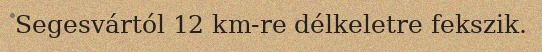
Segesvártól 12 km-re délkeletre fekszik.